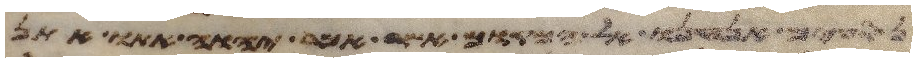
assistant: נסעים אנחנו אל המקום אשר אמר יהוה אתו אתן